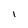
Character: l